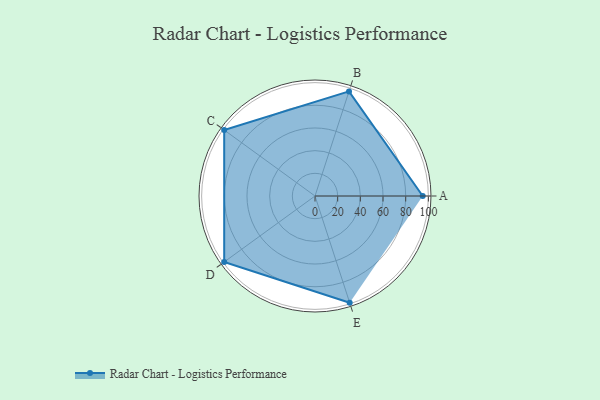
{"axis": {"x": "Skill", "y": "Score"}, "legend": ["Profile"], "data": [{"x": "A", "y": 95.0, "type": "Profile"}, {"x": "B", "y": 97.0, "type": "Profile"}, {"x": "C", "y": 99, "type": "Profile"}, {"x": "D", "y": 99, "type": "Profile"}, {"x": "E", "y": 99, "type": "Profile"}]}